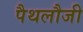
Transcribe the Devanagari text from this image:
पैथलौजी